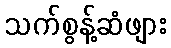
သက်စွန့်ဆံဖျား